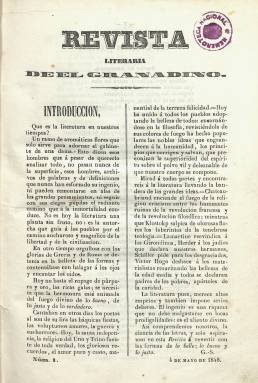
Título: Revista literaria de El Granadino
Otros títulos: Revista literaria del Granadino
Colección: Literatura
Ámbito geográfico: Granada
Lugar de publicación: Granada
Fechas: 04/05/1848-08/10/1848

Forman su colección los 21 números editados desde el cuatro de mayo al ocho de octubre de 1848. Lo distribuía cada jueves la empresa de El Granadino, uno de los días en el que este “diario de fomento, de noticias y anuncios” no aparecía (el otro día era el domingo). El Granadino había comenzado a publicarse el uno de mayo de ese mismo año y el día 31 de ese mes se refundió con Diario de Granada, que había comenzado a editarse el año anterior.

Tanto el diario como la revista de El Granadino tuvieron la misma redacción, se estamparon en la misma Imprenta de Juan María Puchol y estuvieron dirigidos ambos por el catedrático, erudito y periodista José Giménez-Serrano (1821-1859). En la revista escribirá especialmente Giménez-Serrano, que lo hace con las iniciales G.-S.; y bajo sus textos aparecen las firmas del catedrático Nicolás de Paso y Delgado (1820-1897), José Salvador de Salvador, Enriqueta Lozano, Juan de Dios de la Rada y Delgado, Juan Daza y Malato, José Nestares de Mendoza, F.J. Orellana o J. de Arias, así como las de Manuel Bretón de los Herreros, Tomás María Baralt o la de José Amador de los Ríos, entre otros.

En entregas semanales de ocho páginas, compuestas a dos columnas, publica textos de creación literaria, tanto en prosa como en verso. El artículo de presentación es de Giménez-Serrano; Juan Daza publica el titulado Estado de la literatura europea; asimismo inserta biografías, como la de Alberto Lista, firmada por Eugenio Ochoa, o la de Diego Hurtado de Mendoza, entre otras; asimismo publica un par de novelas, pero sobre todo poemas, algunos de ellos extensos (sonetos, odas epigramas, letrillas o elegías), de Tomás Rodríguez Rubí, Nicolás de Paso y Delgado o Miguel de los Santos Álvarez, entre otros. Sus páginas también contienen otros textos varios, de carácter costumbrista, de modas, toros o sobre los monumentos granadinos, una exposición de pinturas o la actividad teatral y musical en la ciudad.

Con paginación continuada, en la 184 y última inserta un índice de lo publicado por una revista que duró más que el propio diario El Granadino. Referencias sobre este título aparecen en las obras de Eduardo Molina Fajardo (1979) y las de Antonio Manjón-Cabeza Sánchez (1995 y 2005).